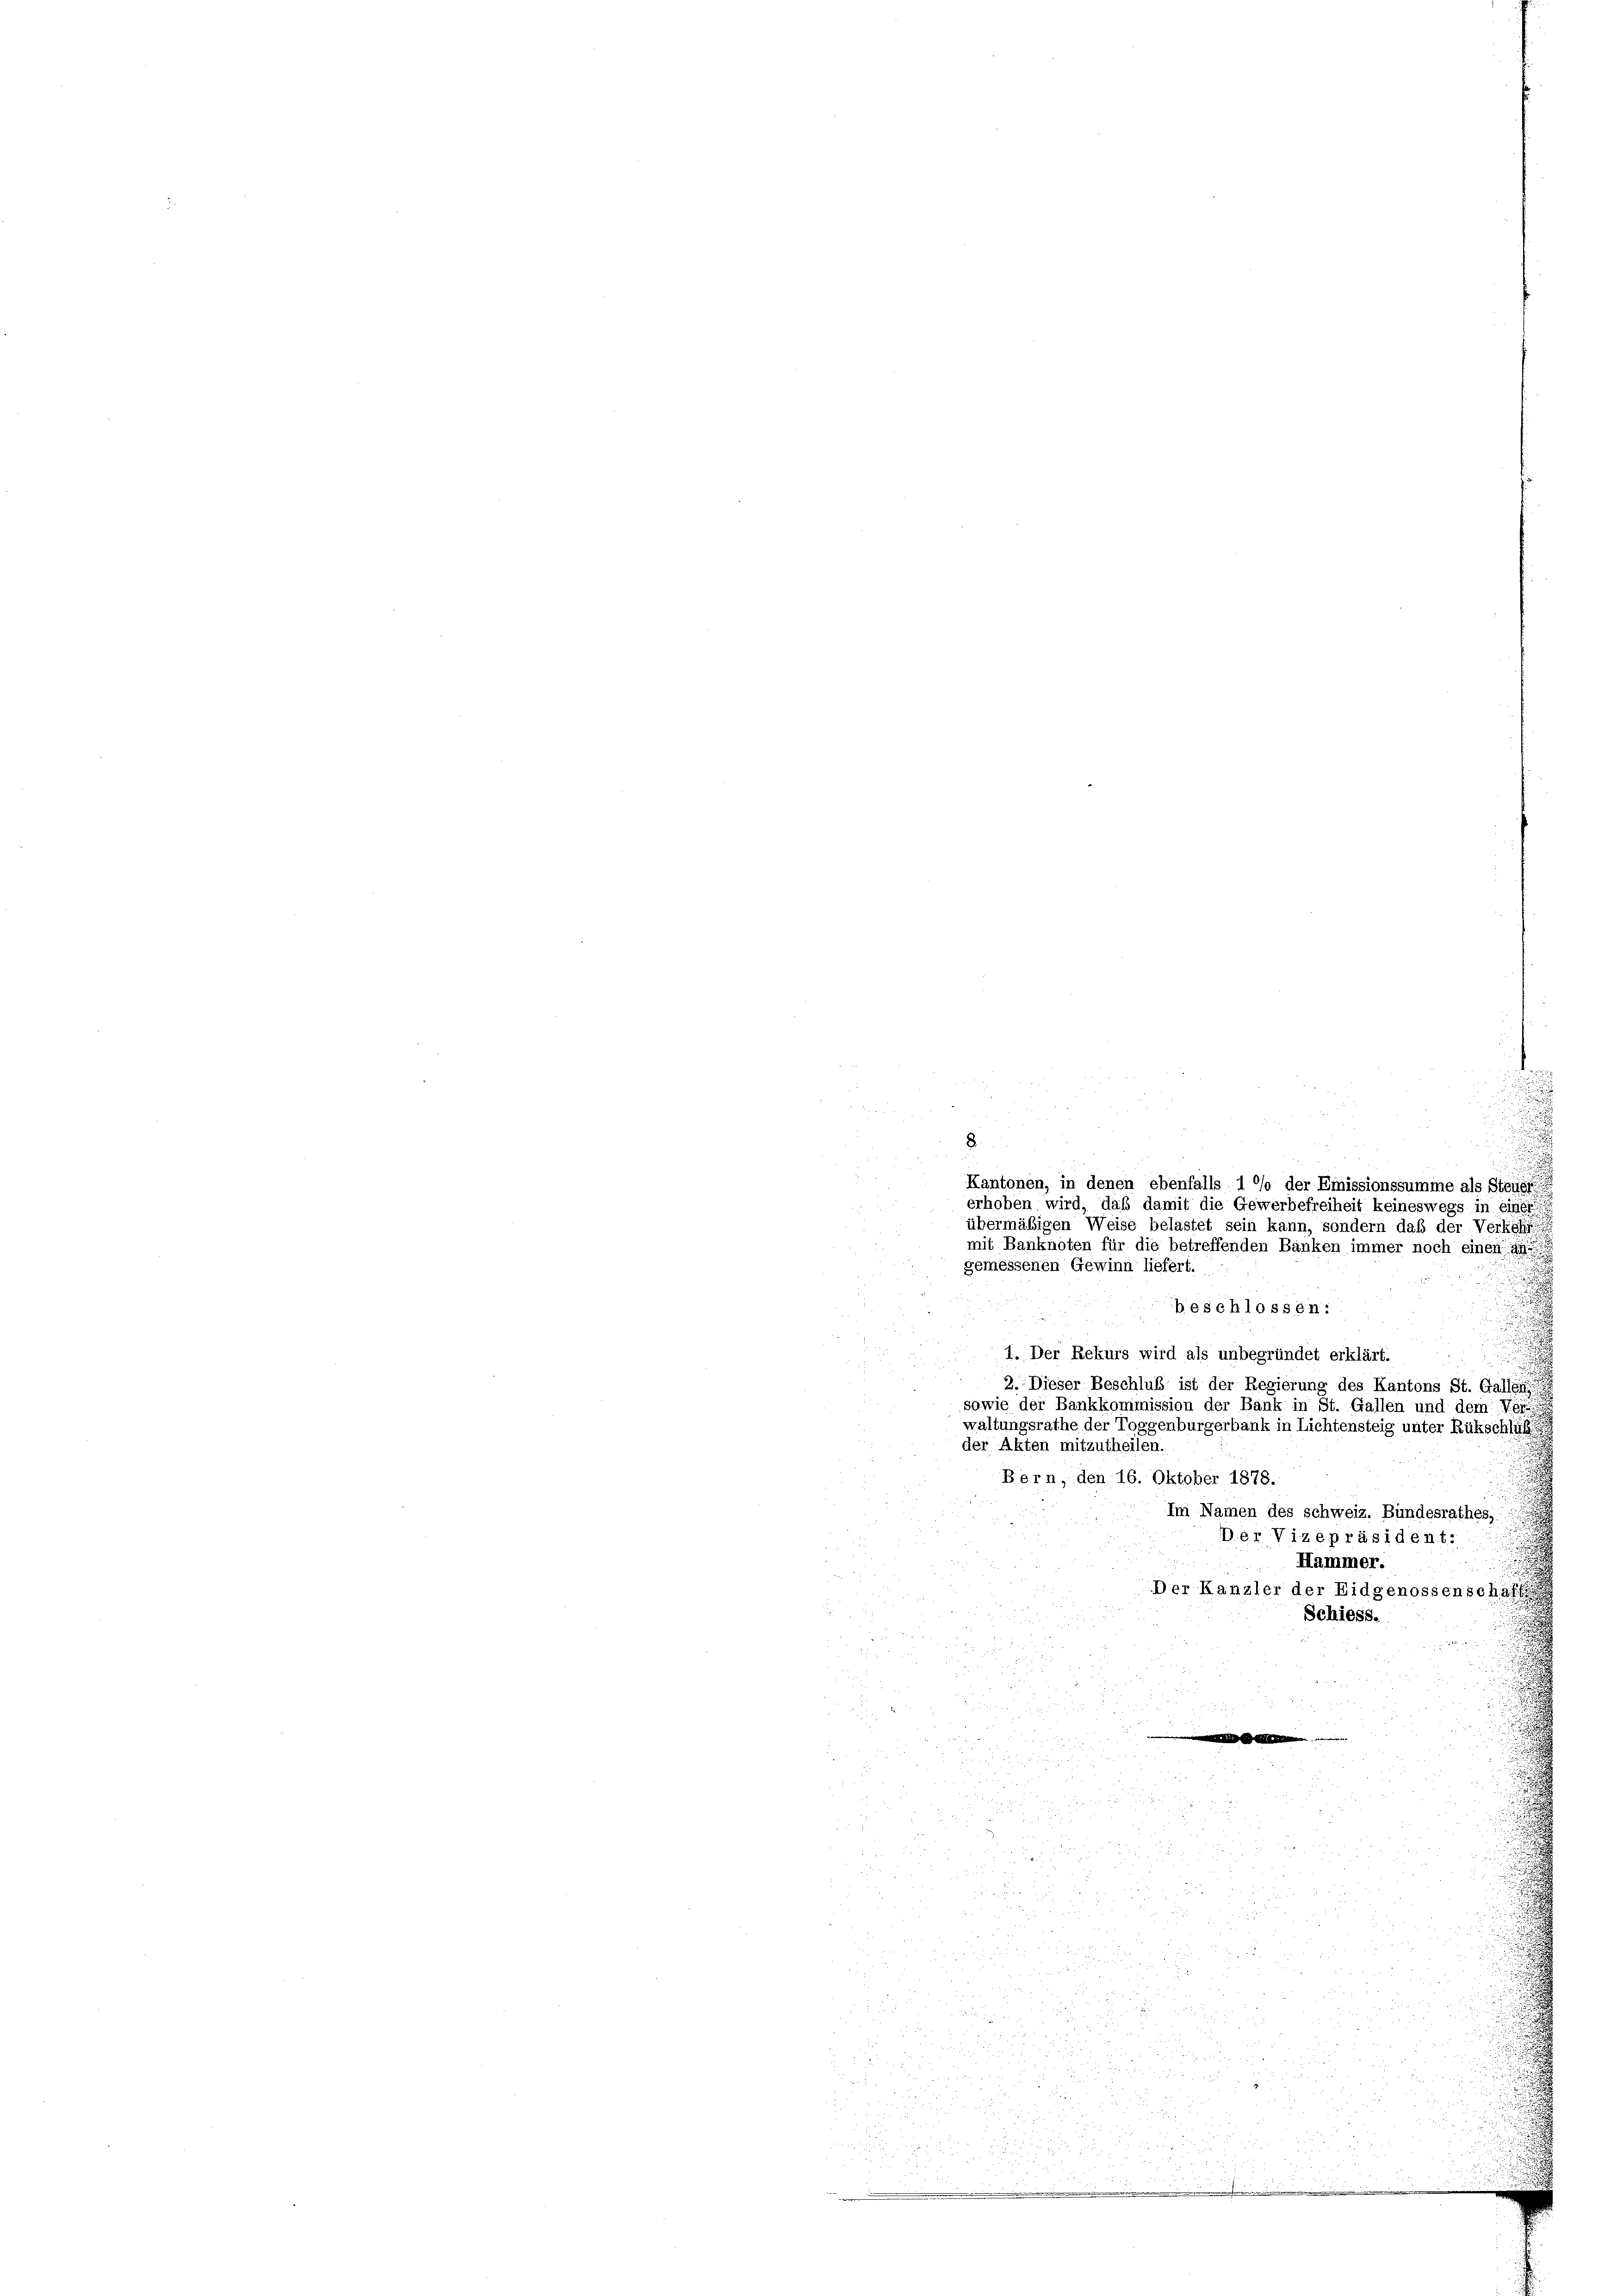
8.

Kantonen, in denen ebenfalls 1 °/o der Emissionssumme als Steige
erhoben wird, daß damit die Gewerbefreiheit keineswegs in einer
übermäßigen Weise belastet sein kann, sondern daß der Verkehr
mit Banknoten für die betreffenden Banken immer noch einen an
gemessenen Gewinn liefert.
beschlossen:

1. Der Rekurs wird als unbegründet erklärt.
2. Dieser Beschluß ist der Regierung des Kantons St. Galleine
sowie der Bankkommission der Bank in St. Gallen und dem Veran
waltungsrathe der Toggenburgerbank in Lichtensteig unter Rükschlüß
der Akten mitzutheilen.
Bern, den 16. Oktober 1878.
Im Namen des schweiz. Bundesrathes,
Der Vizepräsident:
Hammer.
Der Kanzler der Eidgenossenschaft
Schiess.
und, der
2
e
n

s
i
i
.
Fe
i rap

5
22
.
2
c
do der die
i
 und 12.

x
u

vor 2 f 0 x

n
5
u den der

u

dar u
 x
2
 52 x
e

5 Fr. 153

u
 x x
 228

 0 f 4 x
d
52 f 0 x

d
i
 xx
2
5